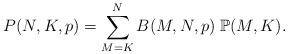
LaTeX: \begin{align*}P(N,K,p)=\sum_{M=K}^{N}B(M,N,p)\;\mathbb{P}(M,K).\end{align*}